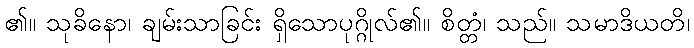
၏။ သုခိနော၊ ချမ်းသာခြင်း ရှိသောပုဂ္ဂိုလ်၏။ စိတ္တံ၊ သည်။ သမာဒိယတိ၊